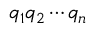
q _ { 1 } q _ { 2 } \cdots q _ { n }